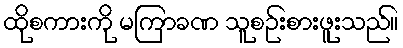
ထိုစကားကို မကြာခဏ သူစဉ်းစားဖူးသည်။